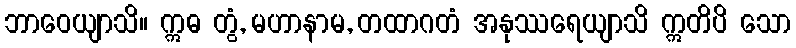
ဘာဝေယျာသိ။ ဣဓ တွံ, မဟာနာမ, တထာဂတံ အနုဿရေယျာသိ ဣတိပိ သော